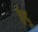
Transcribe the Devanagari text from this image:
ईद्दू